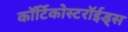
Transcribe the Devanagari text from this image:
कॉर्टिकोस्टरॉईड्स